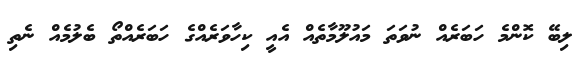
ލިބޭ ކޮންމެ ހަބަރެއް ނުވަތަ މައުލޫމާތެއް އެއީ ކިހާވަރެއްގެ ހަބަރެއްތޯ ބެލުމެއް ނެތި